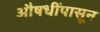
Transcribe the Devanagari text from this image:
औषधींपासून